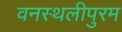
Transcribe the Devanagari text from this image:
वनस्थलीपुरम